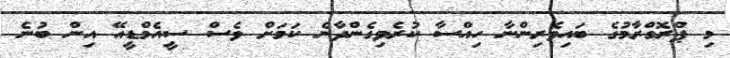
މި ޕްރޮގްރާމުގެ ބައިވެރިންނާ ހިއްސާ ކުރެވިގެންދާނެ ކަމަށް ވެސް ސީއެމްޑީއޭ އިން ބުނެ